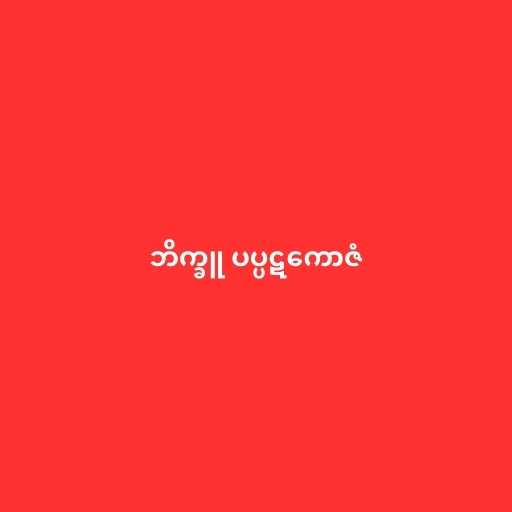
ဘိက္ခူ ပပ္ပဋကောဇံ